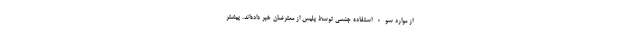
از موارد سوء استفاده جنسی توسط پلیس از معترضان خبر داده‌اند. پیشتر